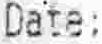
DATE: